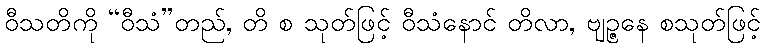
ဝီသတိကို “ဝီသံ”တည်, တိ စ သုတ်ဖြင့် ဝီသံနောင် တိလာ, ဗျဉ္ဇနေ စသုတ်ဖြင့်